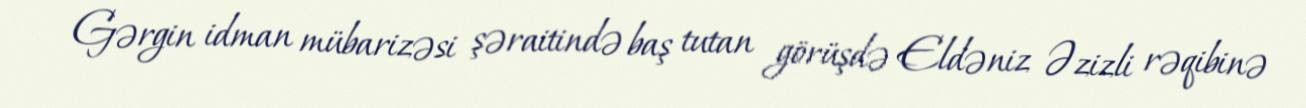
Gərgin idman mübarizəsi şəraitində baş tutan görüşdə Eldəniz Əzizli rəqibinə